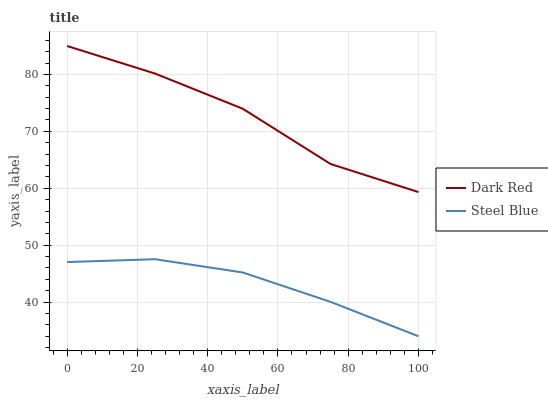
| xaxis_label | Dark Red | Steel Blue |
 | --- | --- | --- |
 | 0 | 85 | 47 |
 | 25 | 80.2 | 47.5 |
 | 50 | 74 | 45.2 |
 | 75 | 64.3 | 40 |
 | 100 | 59.3 | 34 |